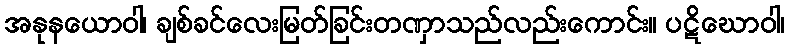
အနုနယောဝါ၊ ချစ်ခင်လေးမြတ်ခြင်းတဏှာသည်လည်းကောင်း။ ပဋိဃောဝါ၊